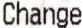
CHANGE